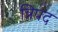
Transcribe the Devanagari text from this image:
त्रिपद